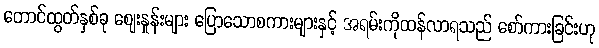
တောင်ထွတ်နှစ်ခု ဈေးနှုန်းများ ပြောသောစကားများနှင့် အရမ်းကိုထန်လာရသည် စော်ကားခြင်းဟု